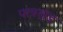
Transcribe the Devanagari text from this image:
पात्रखंड